画像に写った文字を読んでください
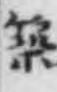
「築」と書いてあります